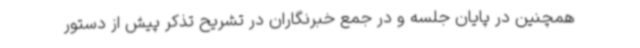
همچنین در پایان جلسه و در جمع خبرنگاران در تشریح تذکر پیش از دستور